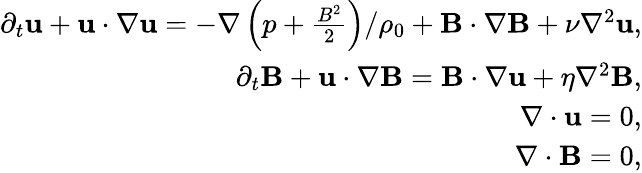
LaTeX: \begin{array}{r}{\partial_{t}\mathbf{u}+\mathbf{u}\cdot\nabla\mathbf{u}=-\nabla\left(p+\frac{B^{2}}{2}\right)/\rho_{0}+\mathbf{B}\cdot\nabla\mathbf{B}+\nu\nabla^{2}\mathbf{u},}\\ {\partial_{t}\mathbf{B}+\mathbf{u}\cdot\nabla\mathbf{B}=\mathbf{B}\cdot\nabla\mathbf{u}+\eta\nabla^{2}\mathbf{B},}\\ {\nabla\cdot\mathbf{u}=0,}\\ {\nabla\cdot\mathbf{B}=0,}\end{array}